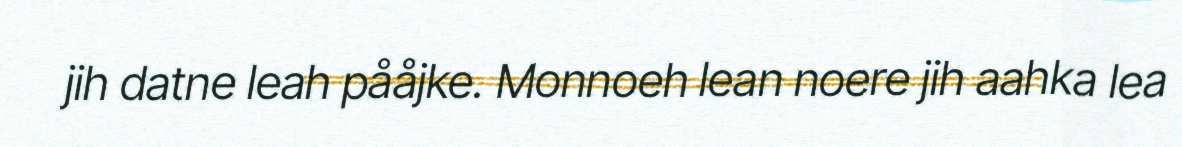
jih datne leah pååjke. Monnoeh lean noere jih aahka lea